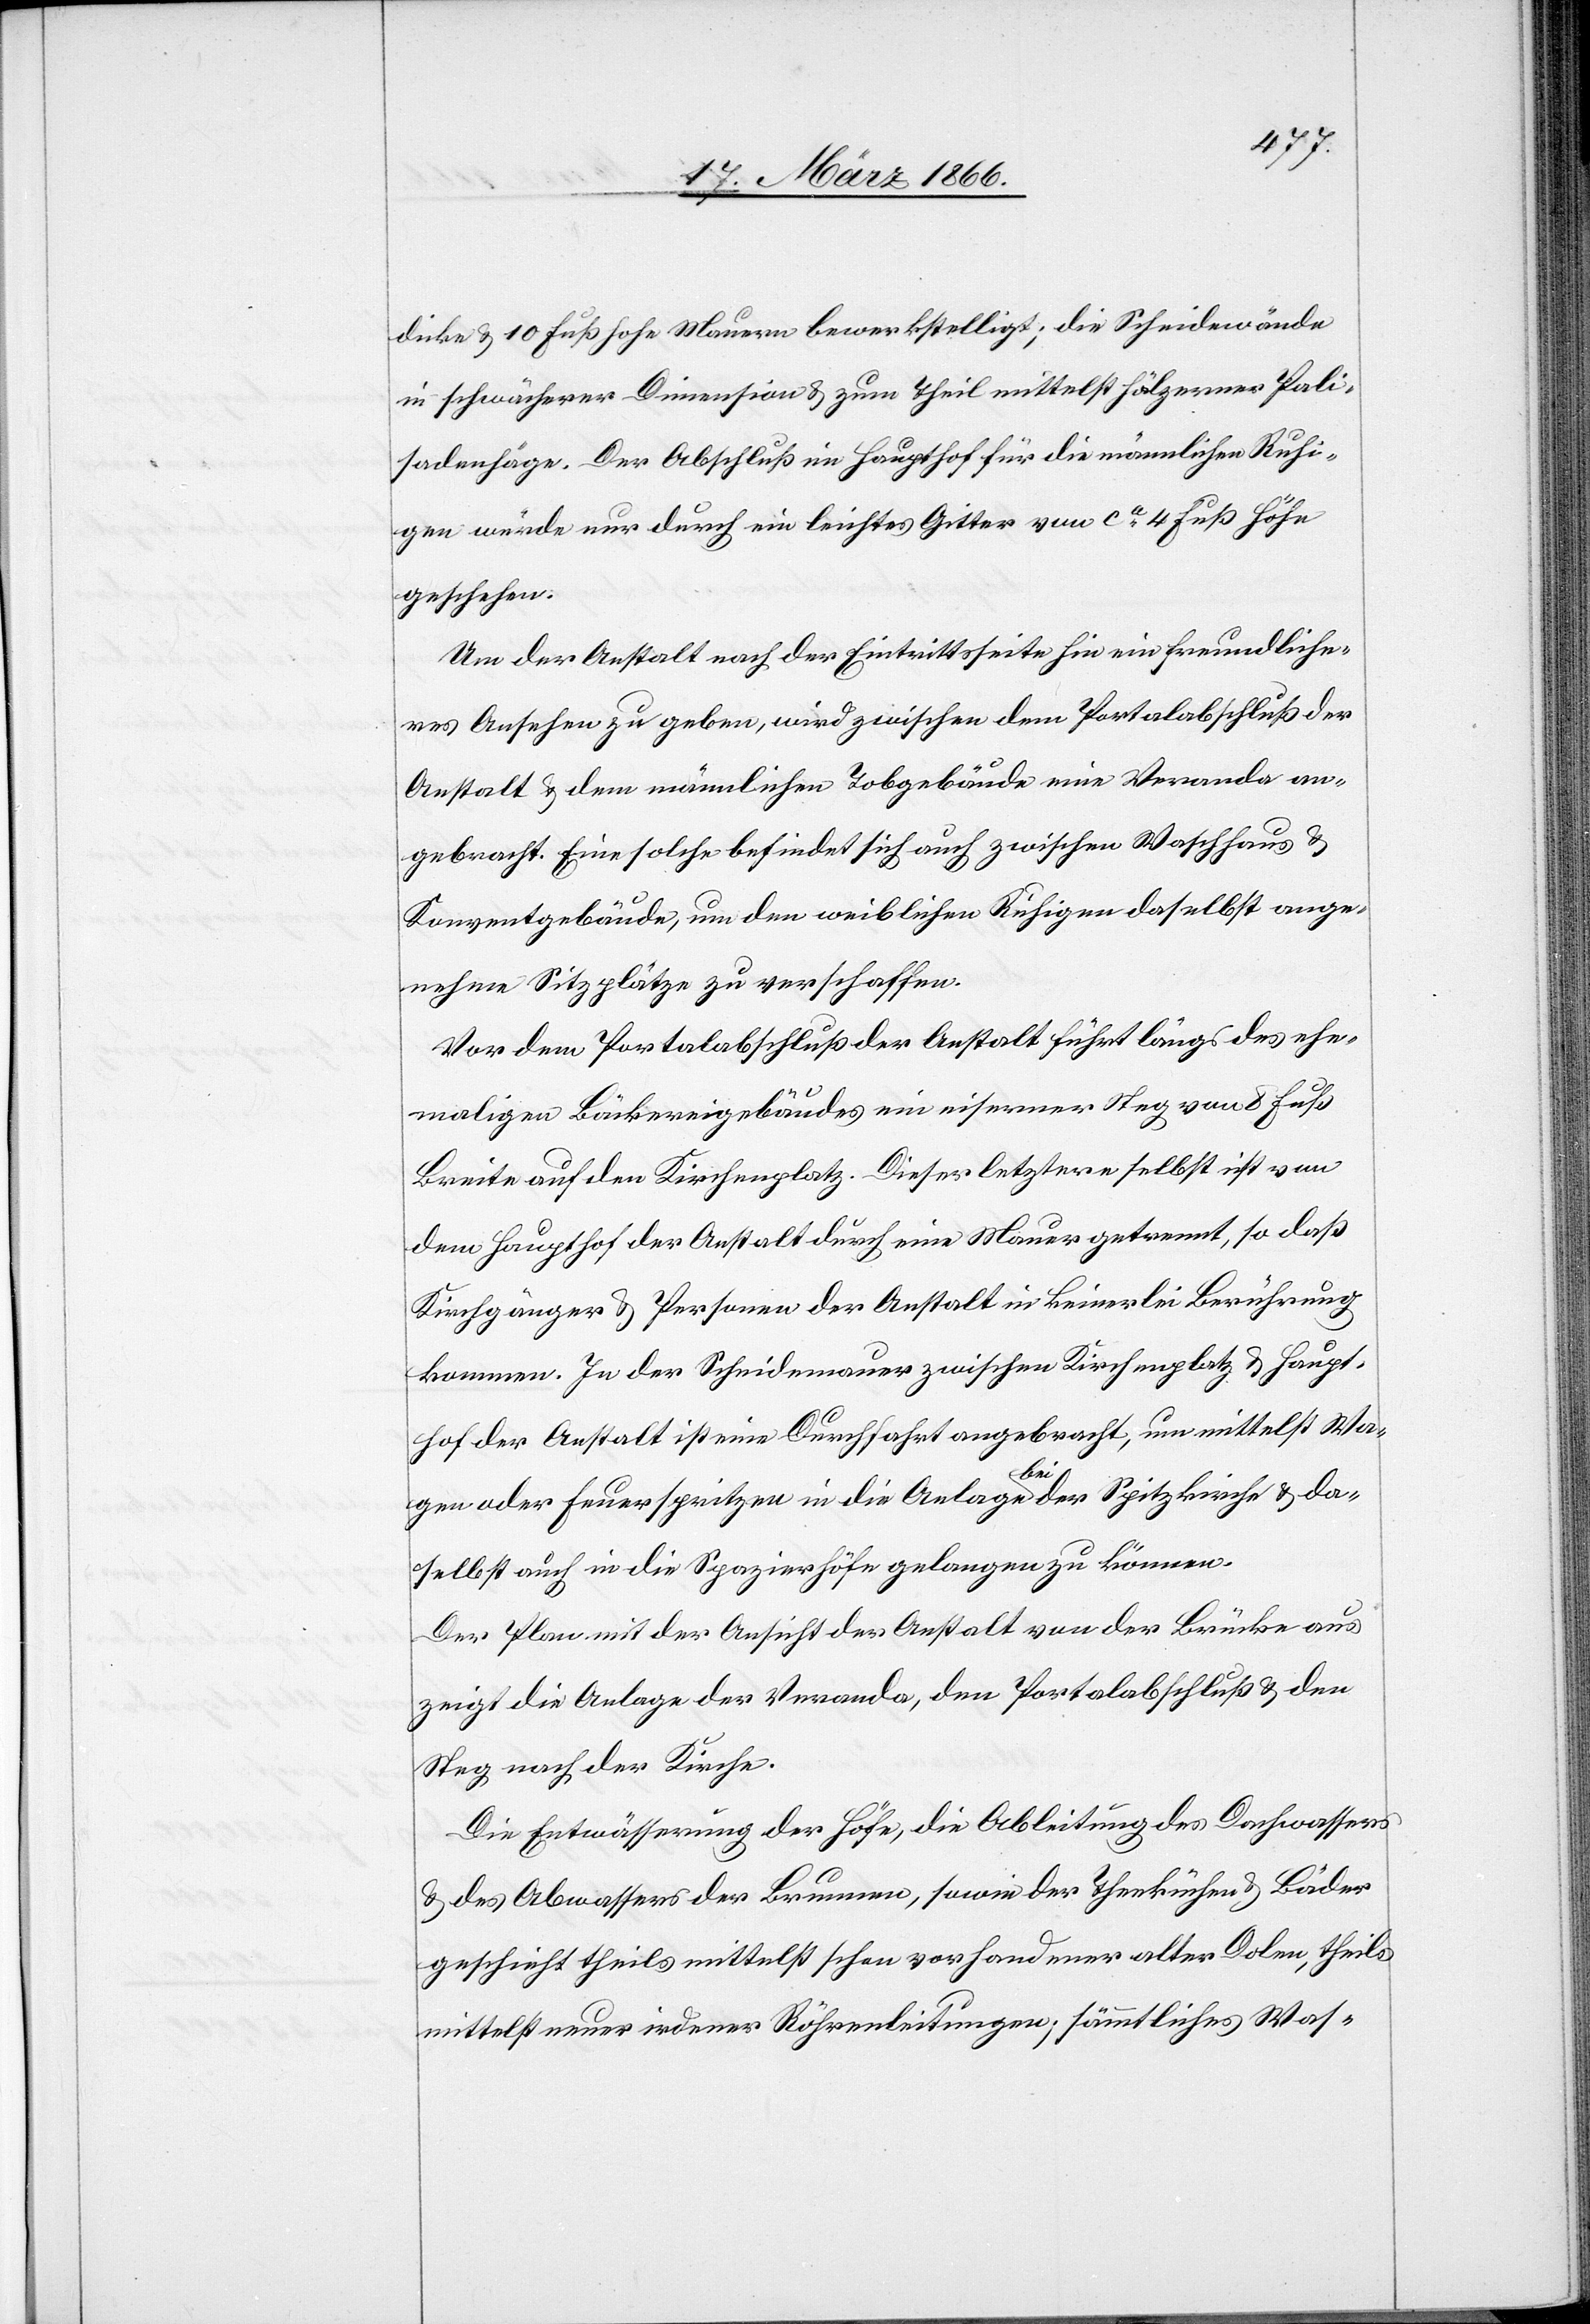
dicke u. 10 Fuß hohe Mauern bewerkstelligt; die Scheidenwände
in schwächerer Dimension u. zum Theil mittelst hölzerner Pali¬
sadenhäge. Der Abschluß im Haupthof für die männlichen Ruhi¬
gen würde nur durch ein leichtes Gitter von ca. 4 Fuß Höhe
geschehen.
Um der Anstalt nach der Eintrittsseite hin ein freundliche¬
s Aussehen zu geben, wird zwischen dem Portalabschluß der
Anstalt u. dem nämlichen Tobgebäude eine Veranda an¬
gebracht. Eine solche befindet sich auch zwischen Waschhaus u.
Konventgebäude, um den weiblichen Ruhigen daselbst ange¬
nehme Sitzplätze zu verschaffen.
Vor dem Portalabschluß der Anstalt führt längs des ehe¬
maligen Bäckereigebäudes ein eiserner Steg von 8 Fuß
Breite auf den Kirchenplatz. Dieser letztere selbst ist von
dem Haupthof der Anstalt durch eine Mauer getrennt, so daß
Kirchgänger u. Personen der Anstalt in keinerlei Berührung
kommen. In der Scheidemauer zwischen Kirchenplatz u. Haupt¬
hof der Anstalt ist eine Durchfahrt angebracht, um mittelst Wa¬
gen oder Feuerspritzen in die Anlage bei der Spitzkirche u. da¬
selbst auch in die Spazierhöfe gelangen zu können.
Der Plan mit der Ansicht der Anstalt von der Brücke aus
zeigt die Anlage der Veranda, den Portalabschluß u. den
Steg nach der Kirche.
Die Entwässerung der Höfe, die Ableitung des Dachwassers
u. des Abwassers der Brunnen, sowie der Theeküche u. Bäder
geschieht theils mittelst schon vorhandener alter Dolen, theils
mittelst neuer irdener Röhrenleitungen; sämmtliches Was-